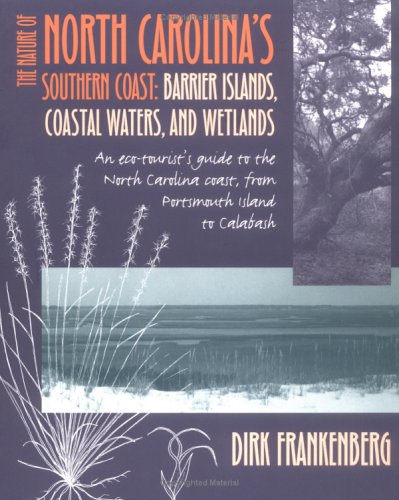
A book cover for The Nature of North Carolina's Southern Coast: Barrier Islands, Coastal Waters, and Wetlands; Dirk Frankenberg; Travel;